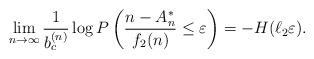
LaTeX: \begin{align*}\lim_{n\to\infty}\frac{1}{b_c^{(n)}}\log P\left(\frac{n-A_n^*}{f_2(n)}\leq\varepsilon\right)=-H(\ell_2\varepsilon).\end{align*}